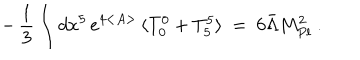
- \, \frac { 1 } { 3 } \int d x ^ { 5 } \, e ^ { 4 < A > } \, \langle T _ { 0 } ^ { 0 } + T _ { 5 } ^ { 5 } \rangle \ = \ 6 \bar { \Lambda } M _ { P l } ^ { 2 } \ .